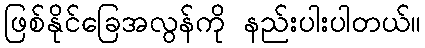
ဖြစ်နိုင်ခြေအလွန်ကို နည်းပါးပါတယ်။